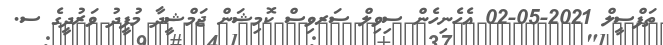
ތަފްސީލް 2021-05-02 އެހެނިހެން ސިވިލް ސަރވިސް ކޮމިޝަން ޖަމްޝީދާ މުފީދު ވަރުދީގެ ސ.